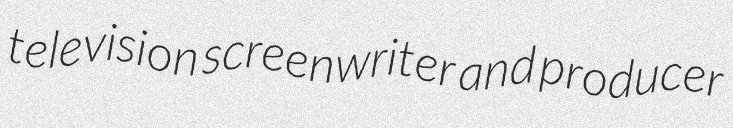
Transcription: television screenwriter and producer